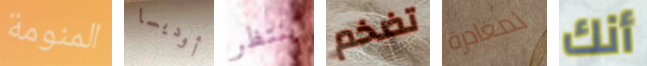
المنومة أوديسا ينتظر تضخم لمغادرة أنك